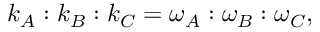
\begin{array} { r } { k _ { A } : k _ { B } : k _ { C } = \omega _ { A } : \omega _ { B } : \omega _ { C } , } \end{array}